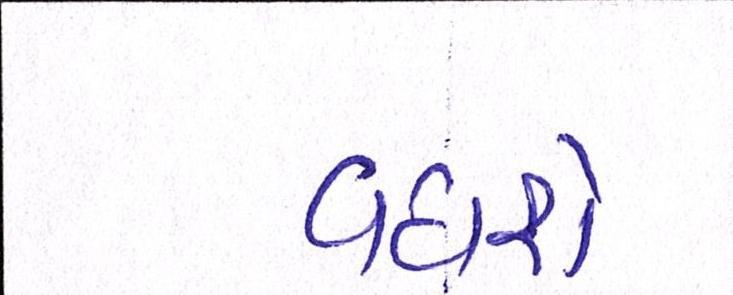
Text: વધશે